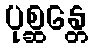
ပုစ္ဆန္တေ